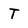
Character: T